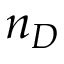
n _ { D }